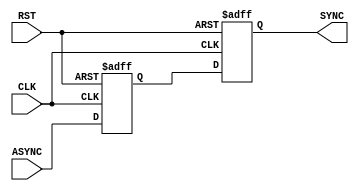
module BIT_SYNC (
input    wire   CLK,
input    wire   RST,
input    wire   ASYNC,
output   wire   SYNC
);


reg     meta_flop  ; 
reg     sync_flop  ;
					 
always @(posedge CLK or negedge RST) begin
  if(!RST) begin
    meta_flop <= 1'b0 ;
    sync_flop <= 1'b0 ;	
   end

  else begin
    meta_flop <= ASYNC;
    sync_flop <= meta_flop ;
   end  
 end
 

assign  SYNC = sync_flop ;

endmodule